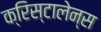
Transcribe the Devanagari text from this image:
क्रिस्टालेन्स